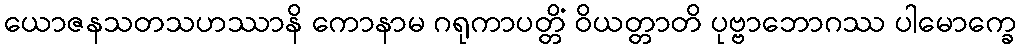
ယောဇနသတသဟဿာနိ ကောနာမ ဂရုကာပတ္တိံ ဝိယတ္တာတိ ပုဗ္ဗာဘောဂဿ ပါမောက္ခေ